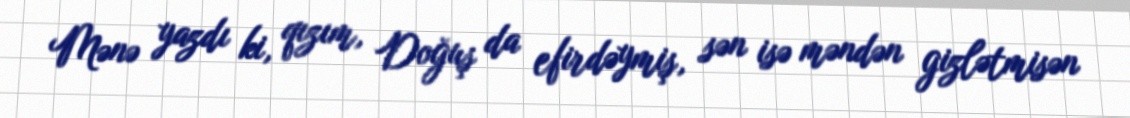
Mənə yazdı ki, qızım, Doğuş da efirdəymiş, sən isə məndən gizlətmisən